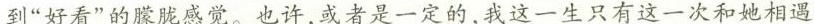
到“好看”的朦胧感觉。也许，或者是一定的，我这一生只有这一次和她相遇